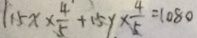
1 1 5 x \times \frac { 4 } { 5 } + 1 5 y \times \frac { 4 } { 5 } = 1 0 8 0